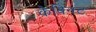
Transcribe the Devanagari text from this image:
केबिनट